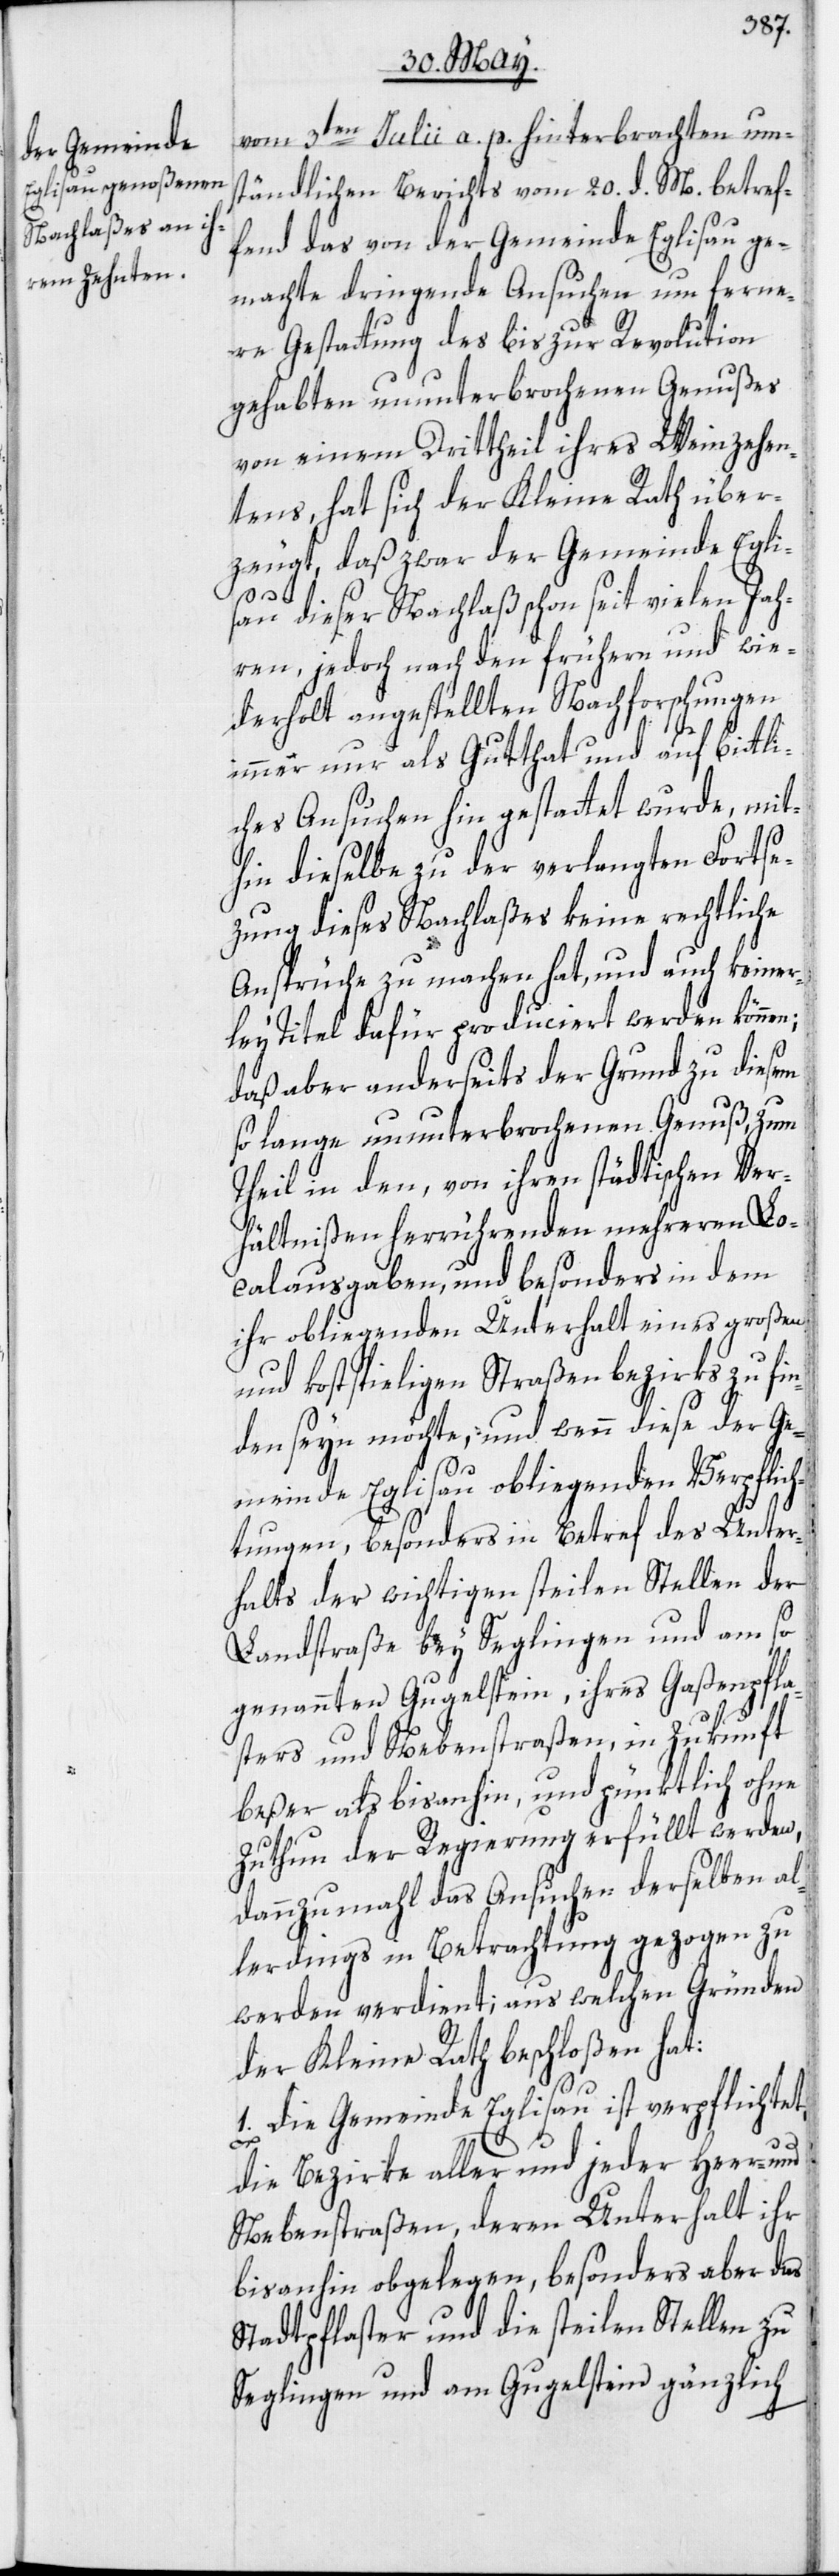
vom 3ten Julii a. p. hinterbrachten um¬
ständlichen Berichts vom 20. d. M. betref¬
fend das von der Gemeinde Eglisau ge¬
machte dringende Ansuchen um ferne¬
re Gestattung des bis zur Revolution
gehabten ununterbrochenen Genußes
von einem Drittheil ihres Weinzehen¬
tens, hat sich der Kleine Rath über¬
zeugt, daß zwar der Gemeinde Eglis¬
au dieser Nachlaß schon seit vielen Jah¬
ren, jedoch nach den frühern und wie¬
derholt angestellten Nachforschungen
immer nur als Gutthat und auf bittli¬
ches Ansuchen hin gestattet wurde, mit¬
hin dieselbe zu der verlangten Fortse¬
zung dieses Nachlaßes keine rechtliche
Ansprüche zu machen hat, und auch keiner¬
ley Titel dafür produciert werden können;
daß aber anderseits der Grund zu diesem
so lange ununterbrochenen Genuß, zum
Theil in den, von ihren städtischen Ver¬
hältnißen herrührenden mehreren Lo¬
calausgaben, und besonders in dem
ihr obliegenden Unterhalt eines großen
und kostspieligen Straßenbezirks zu fin¬
den seyn möchte, und wenn diese der Ge¬
meinde Eglisau obliegenden Verpflich¬
tungen, besonders in Betref des Unter¬
halts der wichtigen steilen Stellen der
Landstraße bey Seglingen und am so
genannten Gugelstein, ihres Gaßenpfla¬
sters und Nebenstraßen, in Zukunft
beßer als bisanhin, und pünktlich ohne
Zuthun der Regierung erfüllt werden,
dannzumahl das Ansuchen derselben al¬
lerdings in Betrachtung gezogen zu
werden verdient; aus welchen Gründen
der Kleine Rath beschloßen hat:
1. Die Gemeinde Eglisau ist verpflichtet,
die Bezirke aller und jeder Heer- und
Nebenstraßen, deren Unterhalt ihr
bisanhin obgelegen, besonders aber das
Stadtpflaster und die steilen Stellen zu
Seglingen und am Gugelstein gänzlich